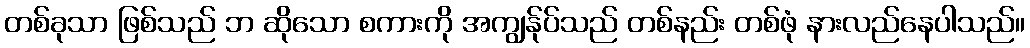
တစ်ခုသာ ဖြစ်သည် ဘ ဆိုသော စကားကို အကျွန်ုပ်သည် တစ်နည်း တစ်ဖုံ နားလည်နေပါသည်။